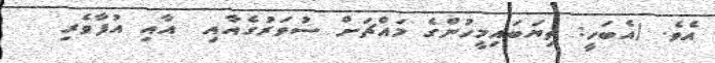
އެވެ. (އެބަހީ: ތިޔަބައިމީހުންގެ މައްޗަށް ސުވަރުގެއާއި  އާއި އުފާވެރި